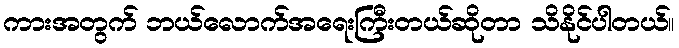
ကားအတွက် ဘယ်လောက်အရေးကြီးတယ်ဆိုတာ သိနိုင်ပါတယ်။